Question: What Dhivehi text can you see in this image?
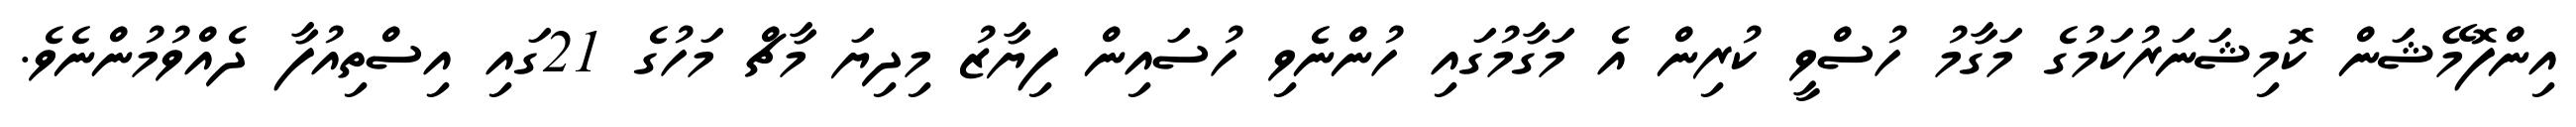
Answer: އިންފޮމޭޝަން ކޮމިޝަނަރުކަމުގެ މަގާމު ހުސްވީ ކުރިން އެ މަގާމުގައި ހުންނެވި ހުސައިން ފިޔާޒު މިދިޔަ މާޗް މަހުގެ 21ގައި އިސްތިއުފާ ދެއްވުމުންނެވެ.